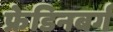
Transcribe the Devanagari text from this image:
फ्रेडिनबर्ग